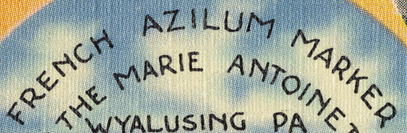
FRENCH AZILUM MARKER